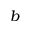
b